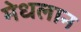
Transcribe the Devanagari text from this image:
मेधलान